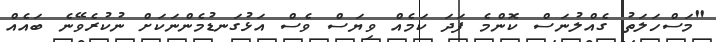
"މަސްހަލަތު ގެއްލުނަސް ކޮންމެ ފަދަ ކަމެއް ވިޔަސް ވެސް އަޅުގަނޑުމެންނަކަށް ނުކުރެވޭނެ ބައެއް